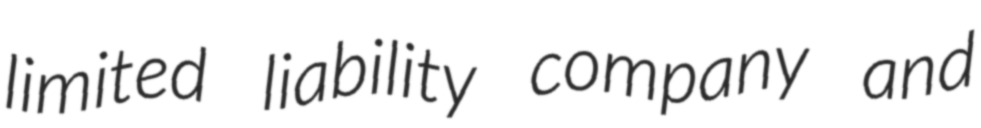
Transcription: limited liability company and